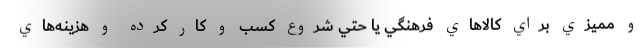
و مميزي براي كالاهاي فرهنگي يا حتي شروع كسب و كار كرده و هزينه‌هاي